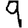
Digit: 9